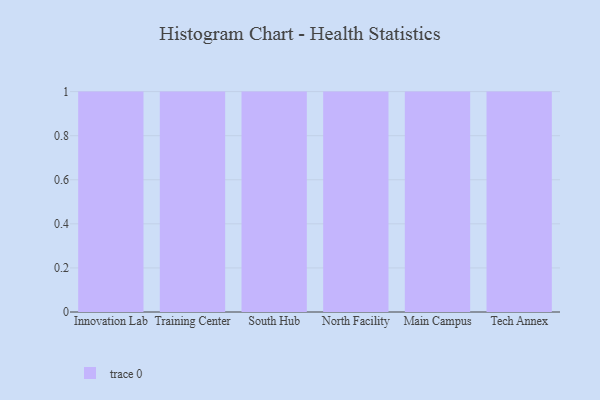
{"axis": {"x": "Campus", "y": "Headcount"}, "legend": [""], "data": [{"x": "Innovation Lab", "y": 5, "type": ""}, {"x": "Training Center", "y": 49, "type": ""}, {"x": "South Hub", "y": 38, "type": ""}, {"x": "North Facility", "y": 5, "type": ""}, {"x": "Main Campus", "y": 70, "type": ""}, {"x": "Tech Annex", "y": 2, "type": ""}]}